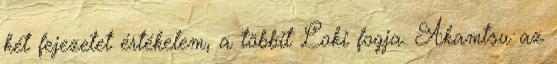
két fejezetet értékelem, a többit Loki fogja. Akamtsu az